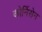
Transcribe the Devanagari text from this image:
कोर्निसेन